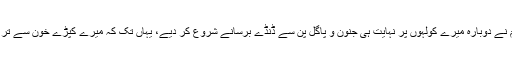
اس ظالم نے دوبارہ میرے کولہوں پر نہایت ہی جنون و پاگل پن سے ڈنڈے برسانے شروع کر دیے، یہاں تک کہ میرے کپڑے خون سے تر ہوگئے۔